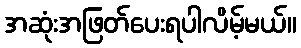
အဆုံးအဖြတ်ပေးရပါလိမ့်မယ်။